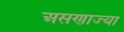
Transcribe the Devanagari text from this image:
असणाज्या